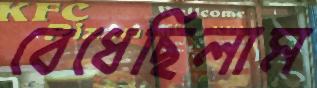
বেধেছিলাম